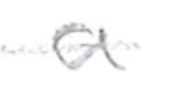
Text: a
Cross-out: mix
Writing tool: pencil